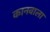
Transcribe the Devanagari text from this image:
कानवाला